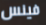
فينس